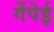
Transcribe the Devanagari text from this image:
गेंपेई